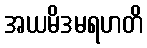
အယမိဒမရဟတိ